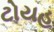
ટોયહ